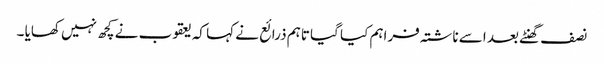
نصف گھنٹے بعد اسے ناشتہ فراہم کیا گیا تاہم ذرائع نے کہا کہ یعقوب نے کچھ نہیں کھایا ۔